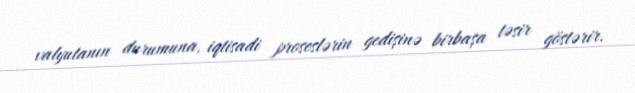
valyutanın durumuna, iqtisadi proseslərin gedişinə birbaşa təsir göstərir.